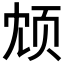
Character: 𫖫